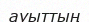
ауыттың